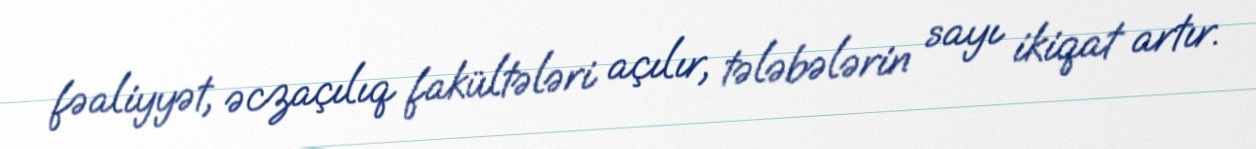
fəaliyyət, əczaçılıq fakültələri açılır, tələbələrin sayı ikiqat artır.